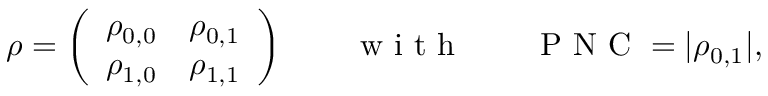
\rho = \left( \begin{array} { c c } { \rho _ { 0 , 0 } } & { \rho _ { 0 , 1 } } \\ { \rho _ { 1 , 0 } } & { \rho _ { 1 , 1 } } \end{array} \right) \qquad \mathrm { ~ w ~ i ~ t ~ h ~ } \qquad \mathrm { ~ P ~ N ~ C ~ } = | \rho _ { 0 , 1 } | ,